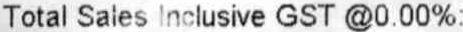
TOTAL SALES INCLUSIVE GST @0.00%: